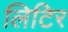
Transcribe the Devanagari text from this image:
लिटिर